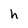
Character: h